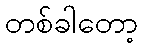
တစ်ခါတော့